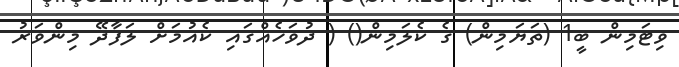
ވިޓަމިން ބީ1 (ތަޔަމިން) ގެ ކެލަމިން() ( ދުވަހެއްގައި ކެއުމަށް ލަފާދޭ މިންވަރު